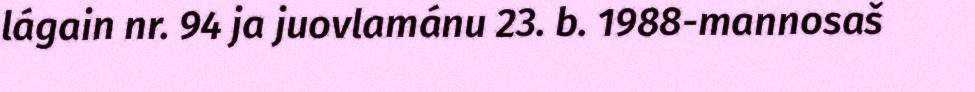
lágain nr. 94 ja juovlamánu 23. b. 1988-mannosaš